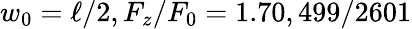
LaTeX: w_{0}=\ell/2,F_{z}/F_{0}=1.70,499/2601